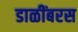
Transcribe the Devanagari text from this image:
डाळींबरस